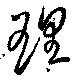
理